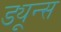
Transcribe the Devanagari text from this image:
ड्यून्स